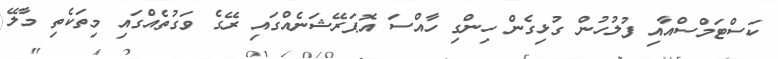
ކަސްޓަމްސްއާއި ފުލުހުން ގުޅިގެން ހިންގި ހާއްސަ އޮޕަރޭޝަނެއްގައި ރޭގެ ވަގުތެއްގައި މިތަކެތި މާލޭ